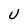
Character: U